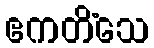
ဧကတိံသေ